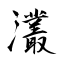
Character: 灇